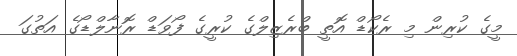
މީގެ ކުރިން މި ރެކޯޑް އޮތީ ބްރެޒިލްގެ ކުރީގެ ފޯވަޑް ރޮނާލްޑޯގެ އަތުގަ